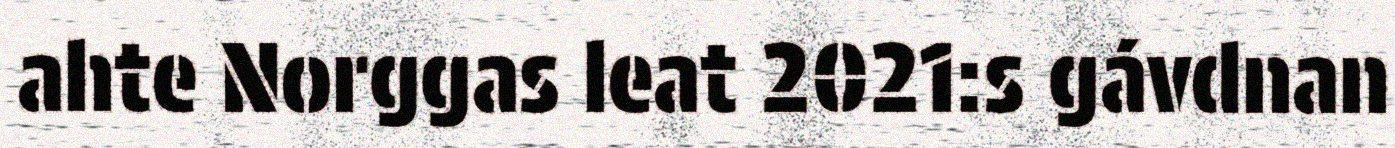
ahte Norggas leat 2021:s gávdnan